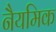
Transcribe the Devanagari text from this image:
नैयमिक